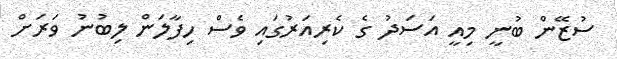
ސުޒޭން ބުނީ މިއީ އަސަަދު ގެ ކެރިއަރުގައި ވެސް ހިފާލަން ލިބުނު ވަރަށް